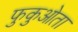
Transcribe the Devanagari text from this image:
फुकुओता